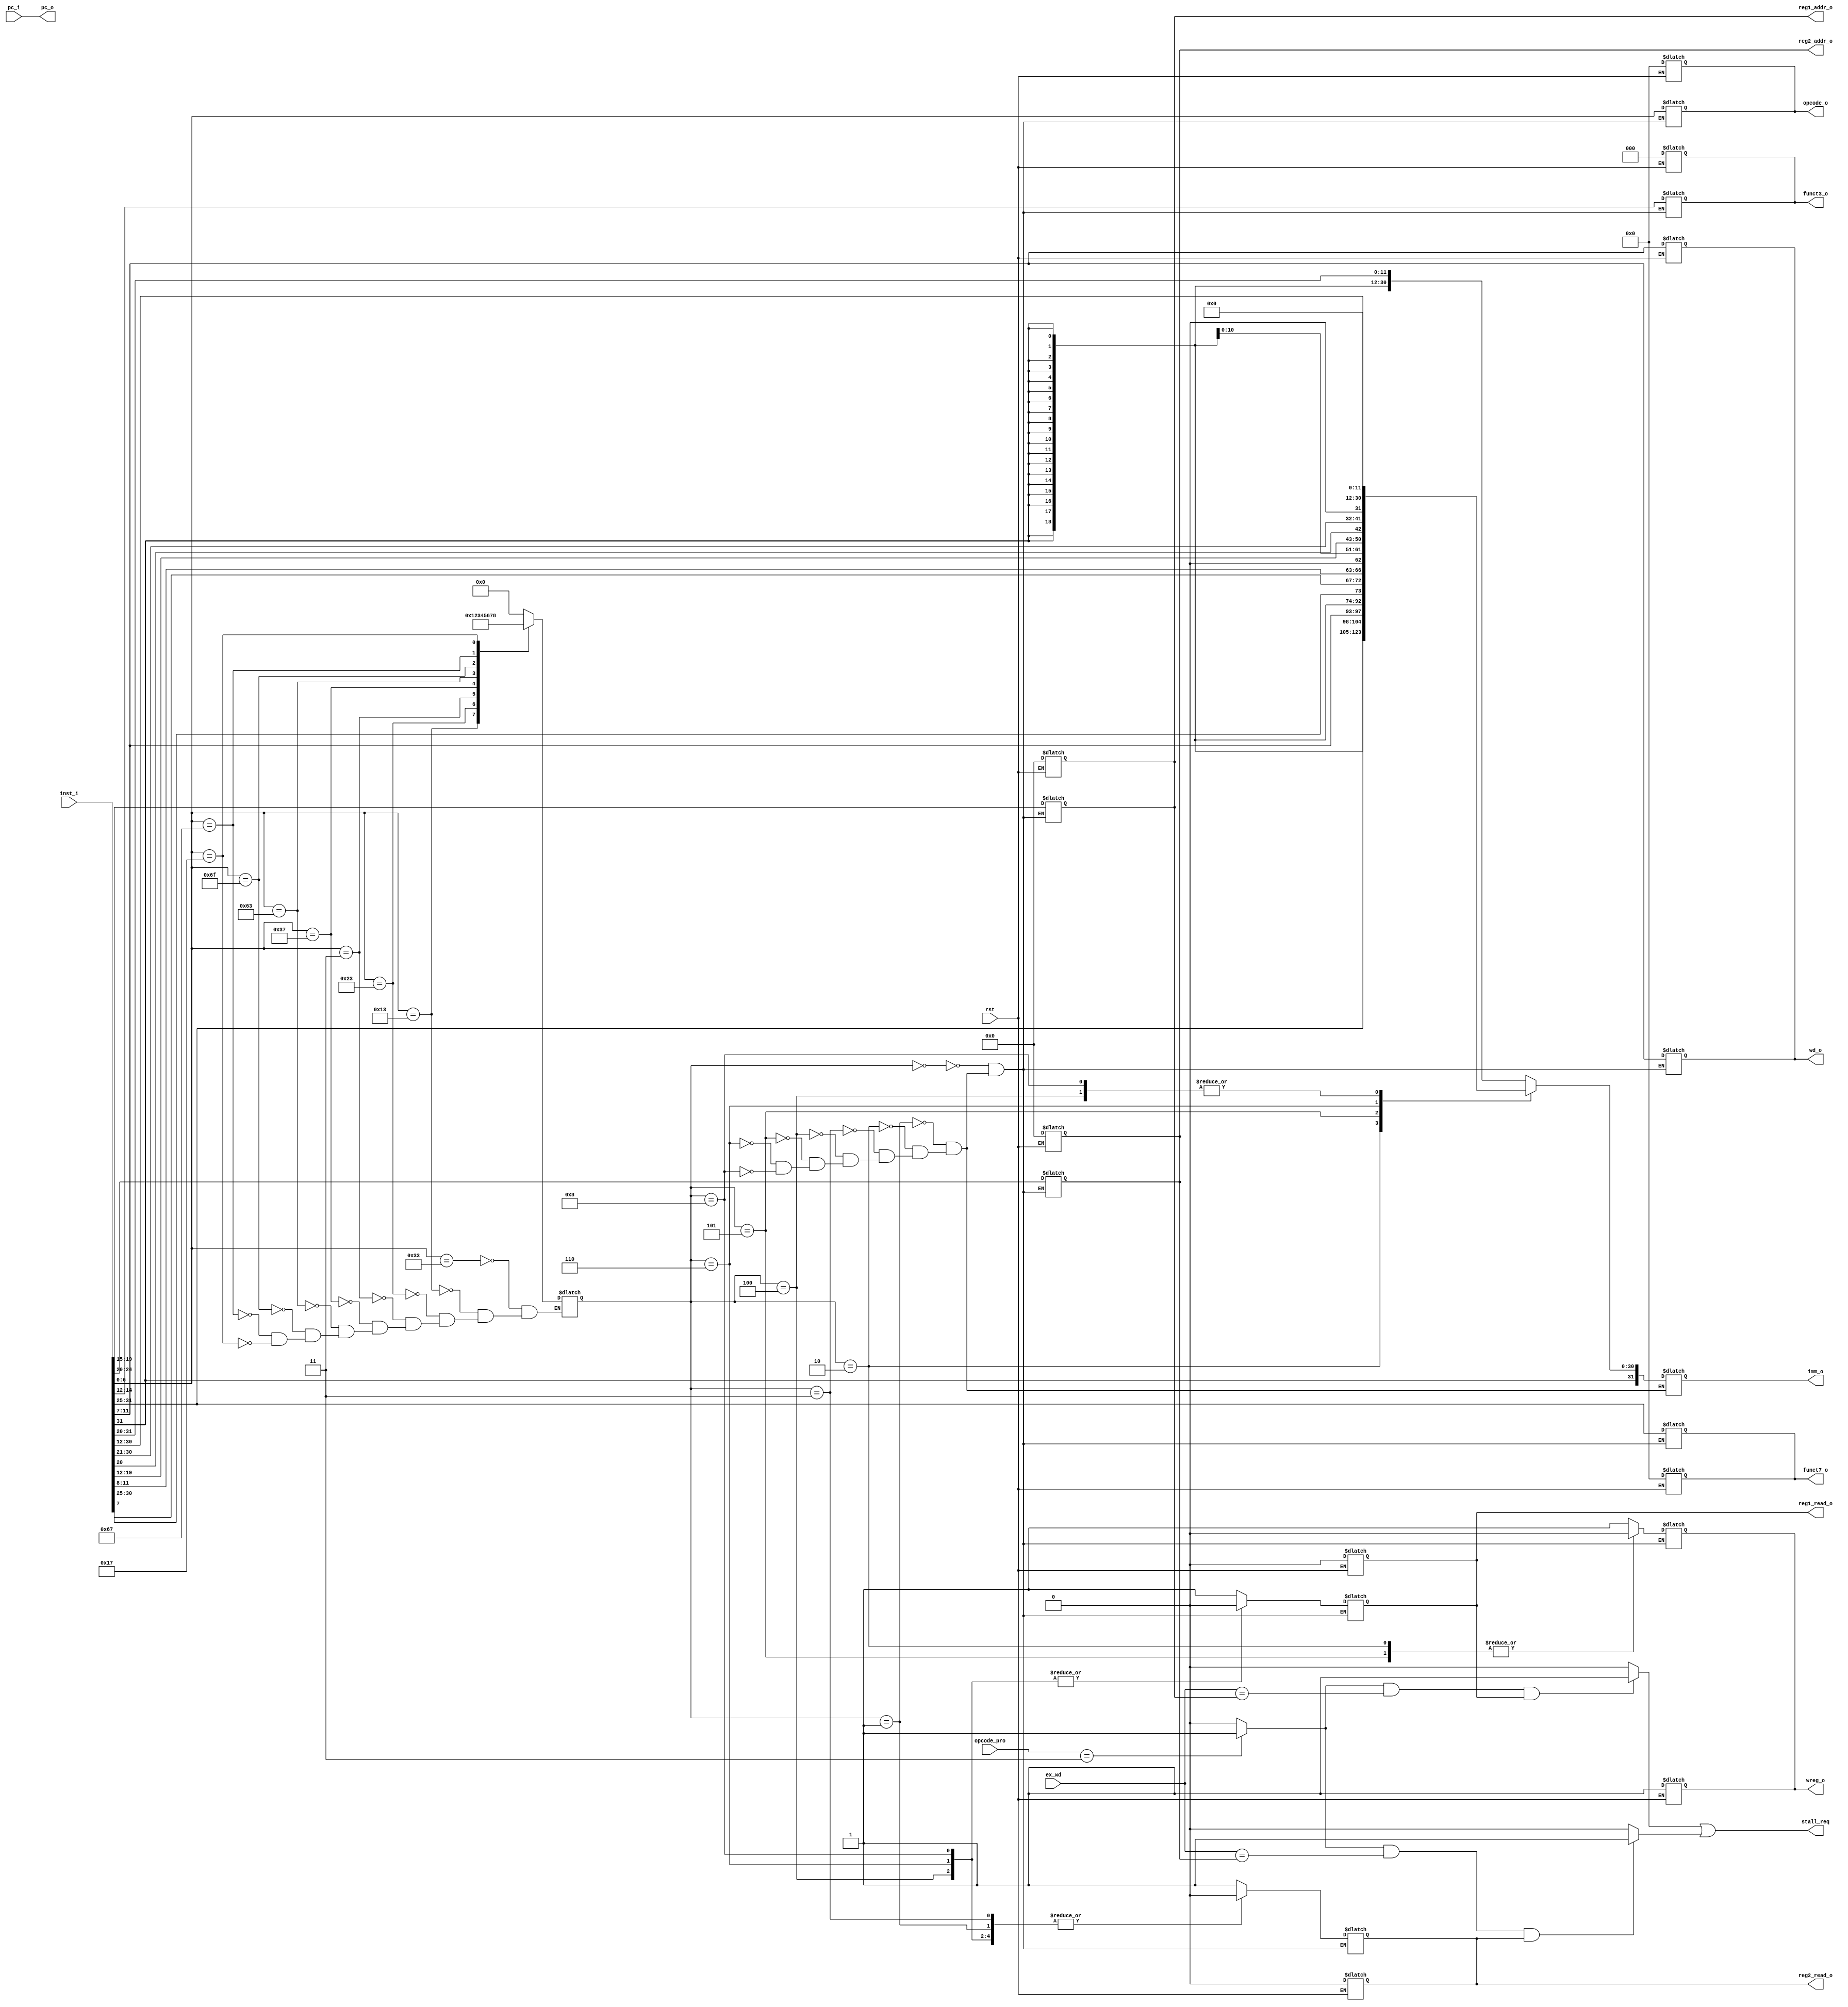
`timescale 1ns / 1ps
//////////////////////////////////////////////////////////////////////////////////
// Company: 
// Engineer: 
// 
// Design Name: 
// Module Name: id
// Project Name: 
// Target Devices: 
// Tool Versions: 
// Description: 
// 
// Dependencies: 
// 
// Revision:
// Revision 0.01 - File Created
// Additional Comments:
// 
//////////////////////////////////////////////////////////////////////////////////

module id(
input wire rst,
input wire[11:0] pc_i,
input wire[31:0] inst_i,
input wire[6:0]  opcode_pro,
input wire[4:0] ex_wd,

output wire[11:0] pc_o,
output reg  reg1_read_o,
output reg[4:0]  reg1_addr_o,
output reg  reg2_read_o,
output reg[4:0]  reg2_addr_o,

output reg[6:0] opcode_o,
output reg[2:0] funct3_o,
output reg[6:0] funct7_o,
output reg[4:0] wd_o,
output reg wreg_o,
output reg[31:0] imm_o,
//output wire[31:0] inst_o,

output wire stall_req
    );
    wire[6:0] opcode=inst_i[6:0];
    wire[3:0] funct3=inst_i[14:12];
    wire[4:0] rd=inst_i[11:7];
    wire[4:0] rs1=inst_i[19:15];
    wire[4:0] rs2=inst_i[24:20];
    wire[6:0] funct7=inst_i[31:25];
    reg [3:0] type;
    reg stall_req1;
    reg stall_req2;
    reg pro_load;
    
    assign stall_req=stall_req1|stall_req2;
    assign pc_o=pc_i;
    
  always @ (*) begin
         if(opcode_pro==7'b0000011) begin
           pro_load=1;
           end else begin
           pro_load=0;
        end
      end
   
  always @ (*) begin
      case (opcode)
       7'b0110011: begin  type<=4'b0000;end//r
       7'b0010011: begin  type<=4'b0001;end//i
       7'b0100011: begin  type<=4'b0010;end//store
       7'b0000011: begin  type<=4'b0011;end//load
       7'b0110111: begin  type<=4'b0100;end//LUI
       7'b1100011: begin  type<=4'b0101;end//
       7'b1101111: begin  type<=4'b0110;end//jal
       7'b1100111: begin  type<=4'b0111;end//jalr
       7'b0010111: begin  type<=4'b1000;end//auipc
       endcase
      end
      
   always @ (*) begin
         if (rst == 1) begin
            reg1_read_o<=0;  reg2_read_o<=0;  reg1_addr_o<=0;  reg2_addr_o<=0; opcode_o<=0;  funct3_o<=0;  funct7_o<=0;  wd_o<=rd;    wreg_o<=1;
       end
     end  
    always @ (*) begin   
            case (type)
             4'b0000: begin  
                    reg1_read_o<=1;  reg2_read_o<=1;  reg1_addr_o<=rs1;  reg2_addr_o<=rs2;  opcode_o<=opcode;  funct3_o<=funct3;  funct7_o<=funct7;  wd_o<=rd;   wreg_o<=1;
              end//r
             4'b0001: begin  
                   imm_o<={{20{inst_i[31]}} , inst_i[31:20]};
                   reg1_read_o<=1;    reg2_read_o<=0;  reg1_addr_o<=rs1;  reg2_addr_o<=rs2;   opcode_o<=opcode;  funct3_o<=funct3;  funct7_o<=funct7;   wd_o<=rd;  wreg_o<=1;
             end//i
             4'b0010: begin  
                   imm_o<={{20{inst_i[31]}} , inst_i[31:25],inst_i[11:7]};
                   reg1_read_o<=1;    reg2_read_o<=1;  reg1_addr_o<=rs1;   reg2_addr_o<=rs2;   opcode_o<=opcode;   funct3_o<=funct3;  funct7_o<=funct7;  wd_o<=rd;  wreg_o<=0;
             end//store
             4'b0011: begin  
                   imm_o<={{20{inst_i[31]}} , inst_i[31:20]};                  
                   reg1_read_o<=1;  reg2_read_o<=0;    reg1_addr_o<=rs1;   reg2_addr_o<=rs2;    opcode_o<=opcode;  funct3_o<=funct3;   funct7_o<=funct7;  wd_o<=rd;  wreg_o<=1;
             end//load
             4'b0100: begin  
                   imm_o<={inst_i[31:12],12'h000};
                   reg1_read_o<=0; reg2_read_o<=0;    reg1_addr_o<=rs1;     reg2_addr_o<=rs2;    opcode_o<=opcode;   funct3_o<=funct3;   funct7_o<=funct7;  wd_o<=rd; wreg_o<=1;
             end//lui
             4'b0101: begin  
                   imm_o<={{20{inst_i[31]}} , inst_i[7],inst_i[30:25],inst_i[11:8],1'b0};
                   reg1_read_o<=1; reg2_read_o<=1;    reg1_addr_o<=rs1;      reg2_addr_o<=rs2;   opcode_o<=opcode;    funct3_o<=funct3;   funct7_o<=funct7;wd_o<=rd;  wreg_o<=0;
             end//
            4'b0110: begin  
                   imm_o<={{12{inst_i[31]}} , inst_i[19:12], inst_i[20], inst_i[30:21], 1'b0};
                    reg1_read_o<=0;  reg2_read_o<=0;   reg1_addr_o<=rs1;      reg2_addr_o<=rs2;     opcode_o<=opcode;     funct3_o<=funct3; funct7_o<=funct7; wd_o<=rd; wreg_o<=1;  
               end//jal
             4'b0110: begin  
                    imm_o<={{20{inst_i[31]}} , inst_i[31:20]};
                    reg1_read_o<=1;  reg2_read_o<=0;   reg1_addr_o<=rs1;     reg2_addr_o<=rs2;     opcode_o<=opcode;     funct3_o<=funct3;   funct7_o<=funct7; wd_o<=rd;wreg_o<=1;  
                end//jalr
              4'b1000: begin  
                    imm_o<={inst_i[31:12],12'h000};
                    reg1_read_o<=0;  reg2_read_o<=0;    reg1_addr_o<=rs1;    reg2_addr_o<=rs2;      opcode_o<=opcode;    funct3_o<=funct3;    funct7_o<=funct7;  wd_o<=rd;  wreg_o<=1;  
               end//auipc
          endcase
      end
    
         always @ (*) begin
                stall_req1<= 0;    
                 if(pro_load == 1'b1 && ex_wd == reg1_addr_o 
                                    && reg1_read_o == 1'b1 ) begin
                 stall_req1<= 1;                           
          end
        end
        
        always @ (*) begin
                stall_req2<= 0;
                if(pro_load == 1'b1 && ex_wd == reg2_addr_o 
                                    && reg2_read_o == 1'b1 ) begin
                stall_req2 <= 1;                 
           end
        end
        
endmodule